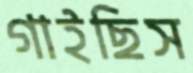
গাইছিস